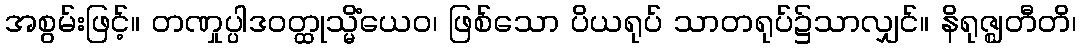
အစွမ်းဖြင့်။ တဏှုပ္ပါဒဝတ္ထုသ္မိံယေဝ၊ ဖြစ်သော ပိယရုပ် သာတရုပ်၌သာလျှင်။ နိရုဇ္ဈတီတိ၊